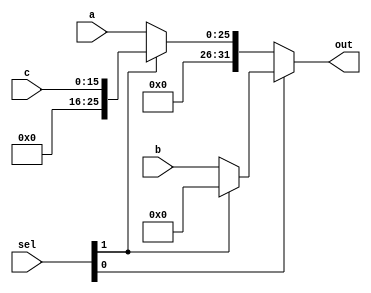
module mux_AddrSel(
	input [25:0] a,
	input [31:0] b,
	input [15:0] c,
	input [1:0] sel,
	output [31:0] out
    );
		
	wire [31:0] a1;
	assign a1[31:0] = { {6{0}}, a[25:0] };

	wire [31:0] c1;
	assign c1[31:0] = { {16{0}}, c[15:0] };

	assign out = (sel[0]) ? (sel[1] ? 32'b0 : b) : (sel[1] ? c1 : a1);

endmodule